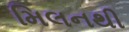
મિલનથી